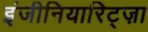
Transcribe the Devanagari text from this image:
इंजीनियारिट्ज़ा